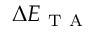
\Delta E _ { \mathrm { ~ T ~ A ~ } }